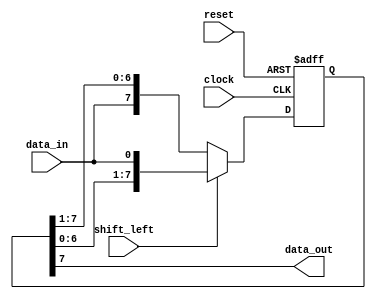
module SISO_shift_register(
    input data_in,
    input clock,
    input reset,
    input shift_left,
    output reg data_out
);

reg [7:0] register;

always @ (posedge clock or posedge reset) begin
    if (reset) begin
        register <= 8'd0;
    end else begin
        if (shift_left) begin
            register <= {register[6:0], data_in};
        end else begin
            register <= {data_in, register[7:1]};
        end
    end
end

assign data_out = register[7];

endmodule